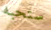
ستحبه